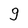
Character: 9